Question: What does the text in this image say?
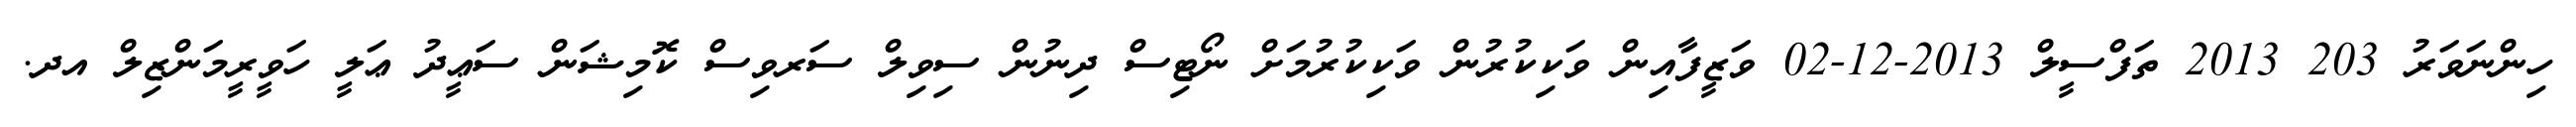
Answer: ހިންނަވަރު 203 2013 ތަފްސީލް 2013-12-02 ވަޒީފާއިން ވަކިކުރުން ވަކިކުރުމަށް ނޯޓިސް ދިނުން ސިވިލް ސަރވިސް ކޮމިޝަން ސަޢީދު ޢަލީ ހަވީރީމަންޒިލް އދ.